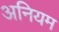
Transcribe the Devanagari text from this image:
अनियम